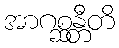
အာဂစ္ဆန္တီတိ